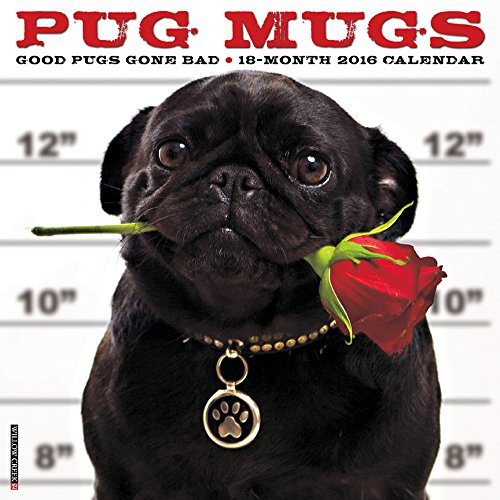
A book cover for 2016 Pug Mugs Wall Calendar; Willow Creek Press; Calendars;